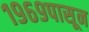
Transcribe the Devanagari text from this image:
१९६९पासून